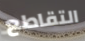
التقاطع